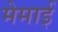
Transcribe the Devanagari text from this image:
मेमाई